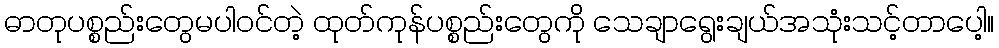
ဓာတုပစ္စည်းတွေမပါဝင်တဲ့ ထုတ်ကုန်ပစ္စည်းတွေကို သေချာရွေးချယ်အသုံးသင့်တာပေါ့။